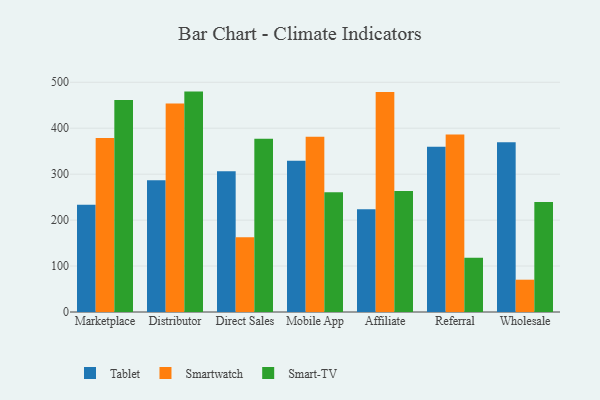
{"axis": {"x": "Channel", "y": "Humidity (%)"}, "legend": ["Smart-TV", "Smartwatch", "Tablet"], "data": [{"x": "Marketplace", "y": 233.4, "type": "Tablet"}, {"x": "Marketplace", "y": 378.5, "type": "Smartwatch"}, {"x": "Marketplace", "y": 461.6, "type": "Smart-TV"}, {"x": "Distributor", "y": 286.9, "type": "Tablet"}, {"x": "Distributor", "y": 453.9, "type": "Smartwatch"}, {"x": "Distributor", "y": 479.7, "type": "Smart-TV"}, {"x": "Direct Sales", "y": 306.2, "type": "Tablet"}, {"x": "Direct Sales", "y": 162.7, "type": "Smartwatch"}, {"x": "Direct Sales", "y": 376.9, "type": "Smart-TV"}, {"x": "Mobile App", "y": 329.2, "type": "Tablet"}, {"x": "Mobile App", "y": 381.2, "type": "Smartwatch"}, {"x": "Mobile App", "y": 260.5, "type": "Smart-TV"}, {"x": "Affiliate", "y": 223.5, "type": "Tablet"}, {"x": "Affiliate", "y": 478.7, "type": "Smartwatch"}, {"x": "Affiliate", "y": 263.1, "type": "Smart-TV"}, {"x": "Referral", "y": 359.9, "type": "Tablet"}, {"x": "Referral", "y": 386.3, "type": "Smartwatch"}, {"x": "Referral", "y": 118.2, "type": "Smart-TV"}, {"x": "Wholesale", "y": 369.3, "type": "Tablet"}, {"x": "Wholesale", "y": 70.3, "type": "Smartwatch"}, {"x": "Wholesale", "y": 239.3, "type": "Smart-TV"}]}